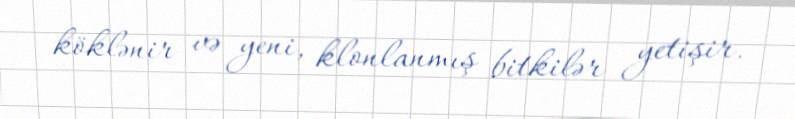
köklənir və yeni, klonlanmış bitkilər yetişir.